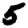
Digit: 5